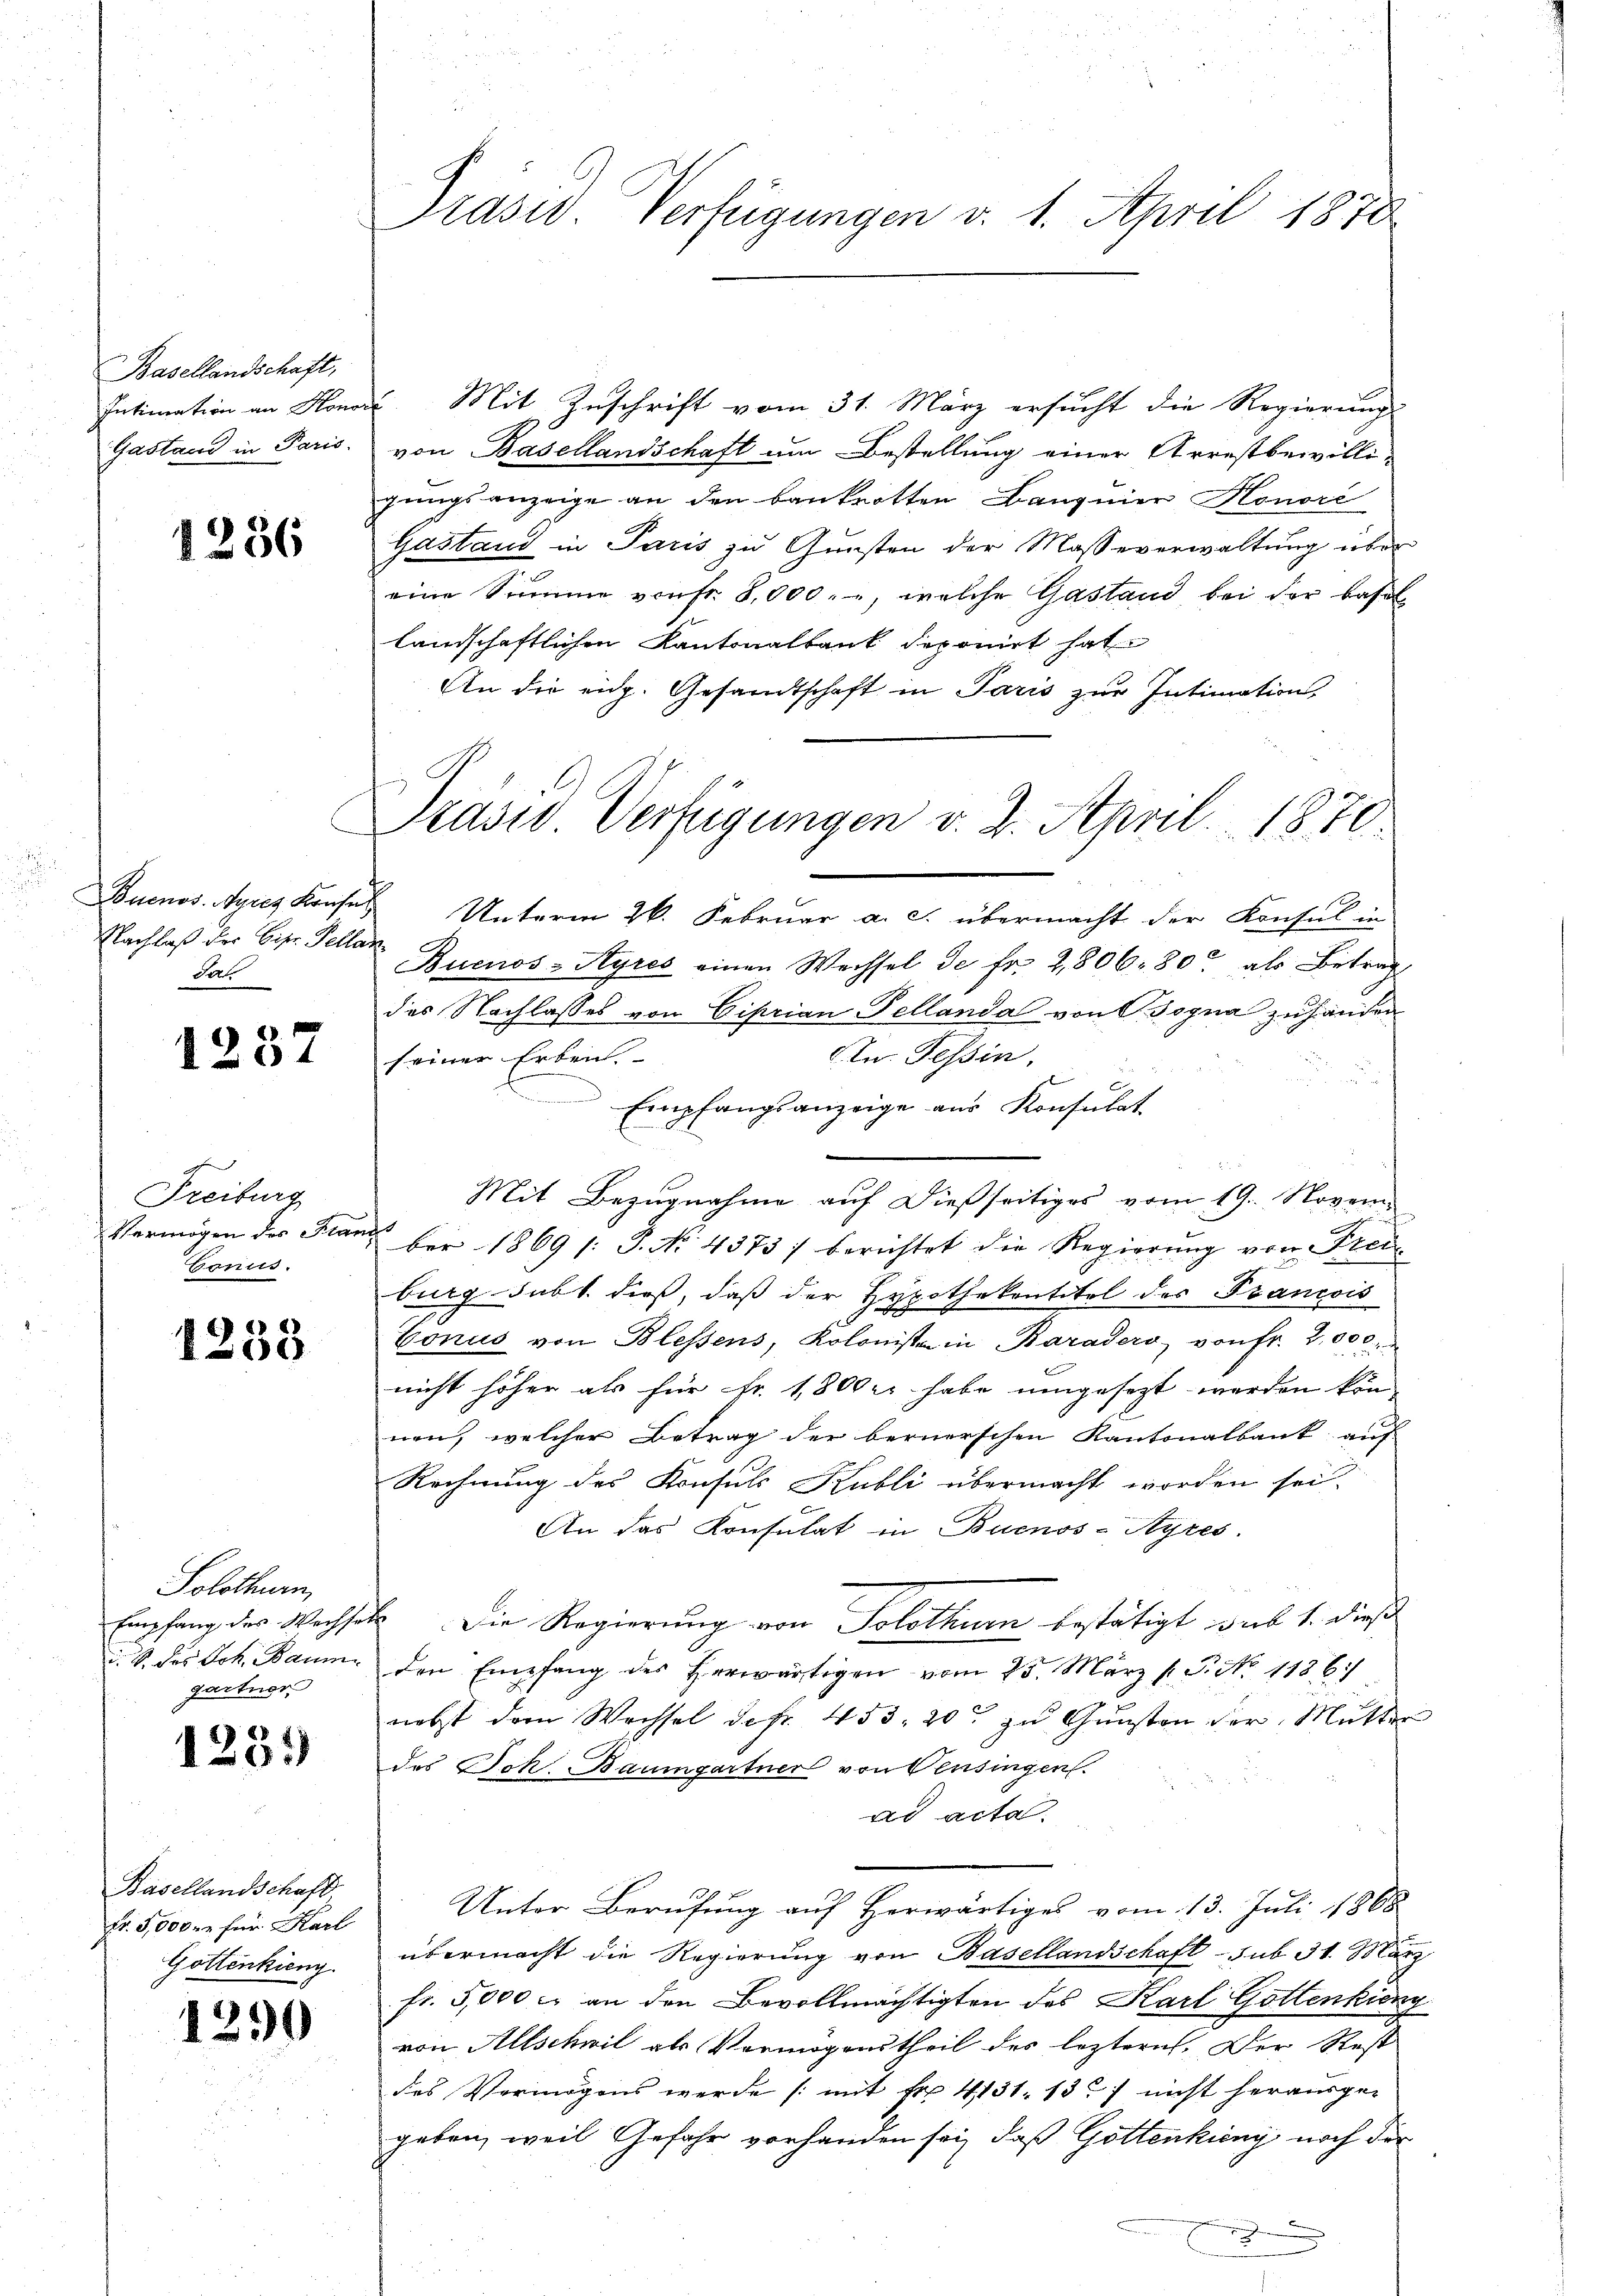
Basellandschaft,
Intimation an Honor
Gastand in Paris.

1256

Nachlaß der Eiser Fellan
das

1257

Freiburg
Conus.

1253

Solothurn,
Empfang des Wechse
i. S. des Joh. Baum
gartner

1231

Basellandschaft,
Fr. 5,000 fr für Karl
Gottenkieng.

1290

Präsid. Verfügungen v. 1. April 1870

Mit Zuschrift vom 31. März ersucht die Regierung
von Basellandschaft um Bestellung einer Arrestbewilli-
gungsanzeige an den bankrotten Banquier Honore
Gastand in Paris zu Gunsten der Masseverwaltung über
eine Summe von Fr. 8,000.-, welche Gastand bei der Basellandschaftlichen Kantonalbank deponirt hat
An die eidg. Gesandtschaft in Paris zur Intimation,
Buenos-Ayres Kruses Unterm 26. Februar a. c. übermacht der Konsul in
Buenos-Ayres einen Wechsel de fr. 2806. 800 als Betrag
des Nachlasses von Ciprian Pellanda von C. Sogna zu handen
Ktn. Tessin,
seiner Erben.
Empfangsanzeige aus Konsulat
n
Mit Bezugnahme auf dießseitiges vom 19. Novem
Vermögen der Franz ber 1869 /: J. No. 4375) berichtet die Regierŭng von Prei
burg subt dieß, daß der Hypothekentitel des Francois
Conus von Blessens, Koloniste in Baradero von fr. 2,000.
t
nicht höher als für Fr. 1,800 rt habe umgesezt werden kön
nen, welcher Betrag der bernerschen Kantonalbank auf
Rechnung des Konsuls Kubli übermacht worden sei.
An das Konsulat in Buenos-Ayres.
.Die Regierung von Solothurn bestätigt werk 1. dieß
den Empfang des herwärtigen vom 25. März l. J. No. 11861
nebst dem Wachsel de fr. 453. 20 zu Gunsten der Mutter
des Joh. Baumgartner von Pensingen.
ad acta.
Unter Berufung auf Herwärtiges vom 13. Juli 1868
übermacht die Regierung von Basellandschaft sub 31. März
fr. 5,000 c. an den Bevollmächtigten des Karl Gottenking
von Allschwil als Vermögenstheil des leztern, Der Rest
des Vermögens werde (mit Fr. 4131. 137 nicht herausge-
geben, weil Gefahr vorhanden sei, daß Gottenking noch der
.
e

Präsid. Verfügungen v. 2. April 1870.